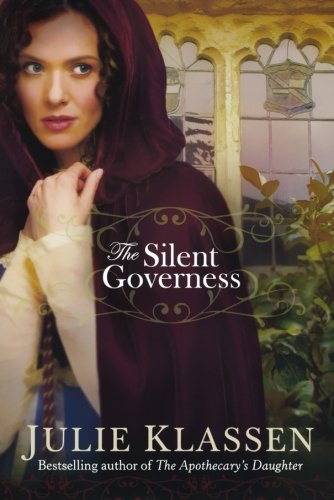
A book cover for The Silent Governess; Julie Klassen; Romance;